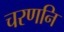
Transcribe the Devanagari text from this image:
चरणनि